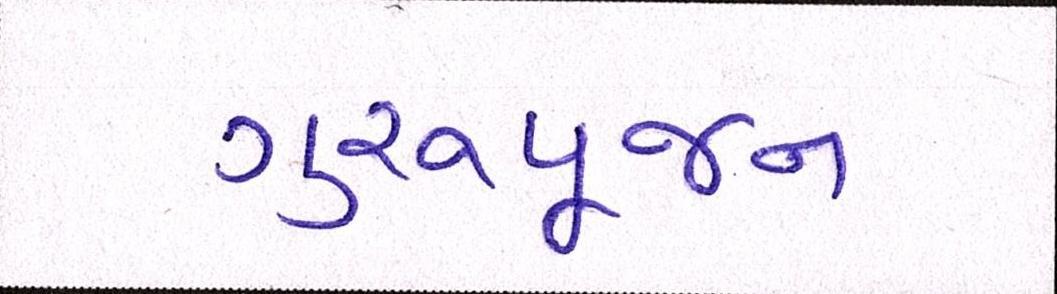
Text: ગુરૂપૂજન